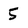
Character: 5